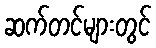
ဆက်တင်များတွင်